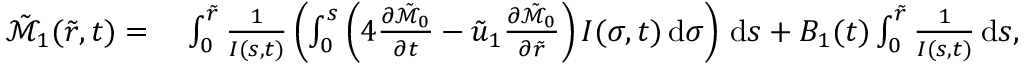
\begin{array} { r l } { \tilde { \mathcal { M } } _ { 1 } ( \tilde { r } , t ) = } & { \; \int _ { 0 } ^ { \tilde { r } } \frac { 1 } { I ( s , t ) } \left( \int _ { 0 } ^ { s } \left( 4 \frac { \partial \tilde { \mathcal { M } } _ { 0 } } { \partial t } - \tilde { u } _ { 1 } \frac { \partial \tilde { \mathcal { M } } _ { 0 } } { \partial \tilde { r } } \right) I ( \sigma , t ) \, \mathrm { d } \sigma \right) \, \mathrm { d } s + B _ { 1 } ( t ) \int _ { 0 } ^ { \tilde { r } } \frac { 1 } { I ( s , t ) } \, \mathrm { d } s , } \end{array}